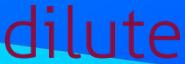
dilute